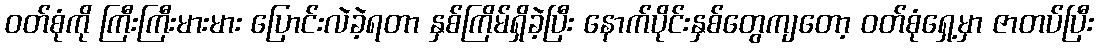
ဝတ်စုံကို ကြီးကြီးမားမား ပြောင်းလဲခဲ့ရတာ နှစ်ကြိမ်ရှိခဲ့ပြီး နောက်ပိုင်းနှစ်တွေကျတော့ ဝတ်စုံရှေ့မှာ ဇာတပ်ပြီး